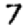
Digit: 7